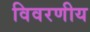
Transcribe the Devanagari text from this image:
विवरणीय